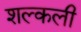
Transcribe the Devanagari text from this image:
शल्कली